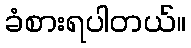
ခံစားရပါတယ်။